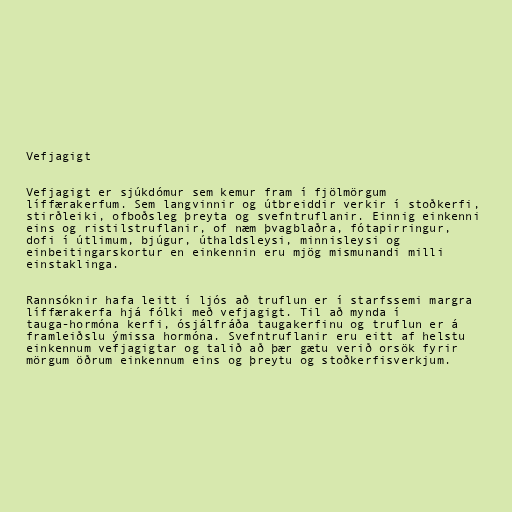
Vefjagigt

Vefjagigt er sjúkdómur sem kemur fram í fjölmörgum
líffærakerfum. Sem langvinnir og útbreiddir verkir í stoðkerfi,
stirðleiki, ofboðsleg þreyta og svefntruflanir. Einnig einkenni
eins og ristilstruflanir, of næm þvagblaðra, fótapirringur,
dofi í útlimum, bjúgur, úthaldsleysi, minnisleysi og
einbeitingarskortur en einkennin eru mjög mismunandi milli
einstaklinga.

Rannsóknir hafa leitt í ljós að truflun er í starfssemi margra
líffærakerfa hjá fólki með vefjagigt. Til að mynda í
tauga-hormóna kerfi, ósjálfráða taugakerfinu og truflun er á
framleiðslu ýmissa hormóna. Svefntruflanir eru eitt af helstu
einkennum vefjagigtar og talið að þær gætu verið orsök fyrir
mörgum öðrum einkennum eins og þreytu og stoðkerfisverkjum.